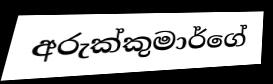
අරුක්කුමාර්ගේ